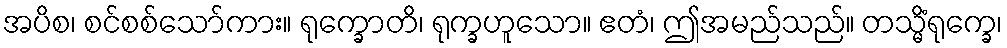
အပိစ၊ စင်စစ်သော်ကား။ ရုက္ခောတိ၊ ရုက္ခဟူသော။ ဧတံ၊ ဤအမည်သည်။ တသ္မိံရုက္ခေ၊